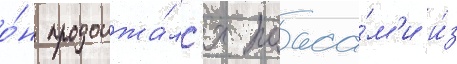
о́н продолжа́лс'я поаса́м'и и́з